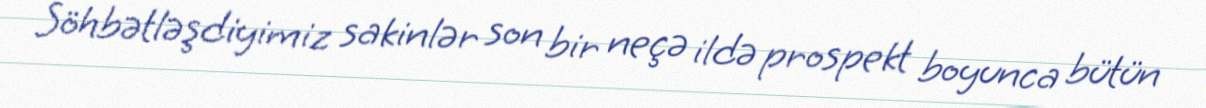
Söhbətləşdiyimiz sakinlər son bir neçə ildə prospekt boyunca bütün